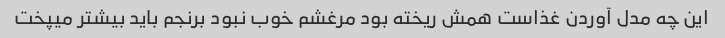
این چه مدل آوردن غذاست همش ریخته بود مرغشم خوب نبود برنجم باید بیشتر میپخت